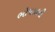
ભોપાલની